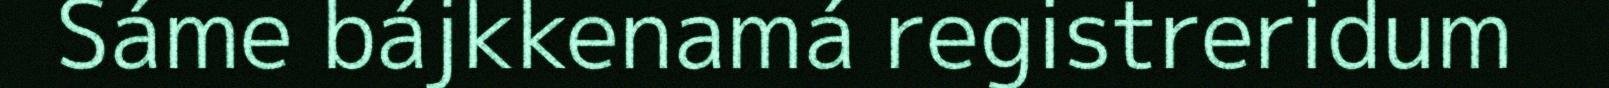
Sáme bájkkenamá registreridum